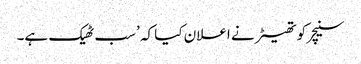
سنیچر کو تھیٹر نے اعلان کیا کہ ’سب ٹھیک ہے۔